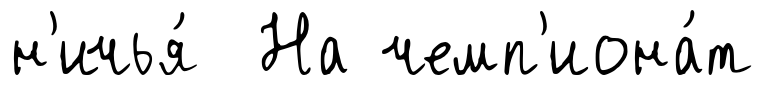
н'ичья́ На чемп'иона́т